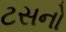
ટસનો